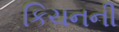
કિચનની